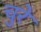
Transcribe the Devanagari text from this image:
चुरे